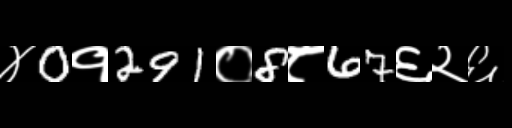
Text: ४0१291०8८67६२६